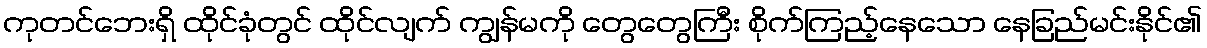
ကုတင်ဘေးရှိ ထိုင်ခုံတွင် ထိုင်လျက် ကျွန်မကို တွေတွေကြီး စိုက်ကြည့်နေသော နေခြည်မင်းနိုင်၏